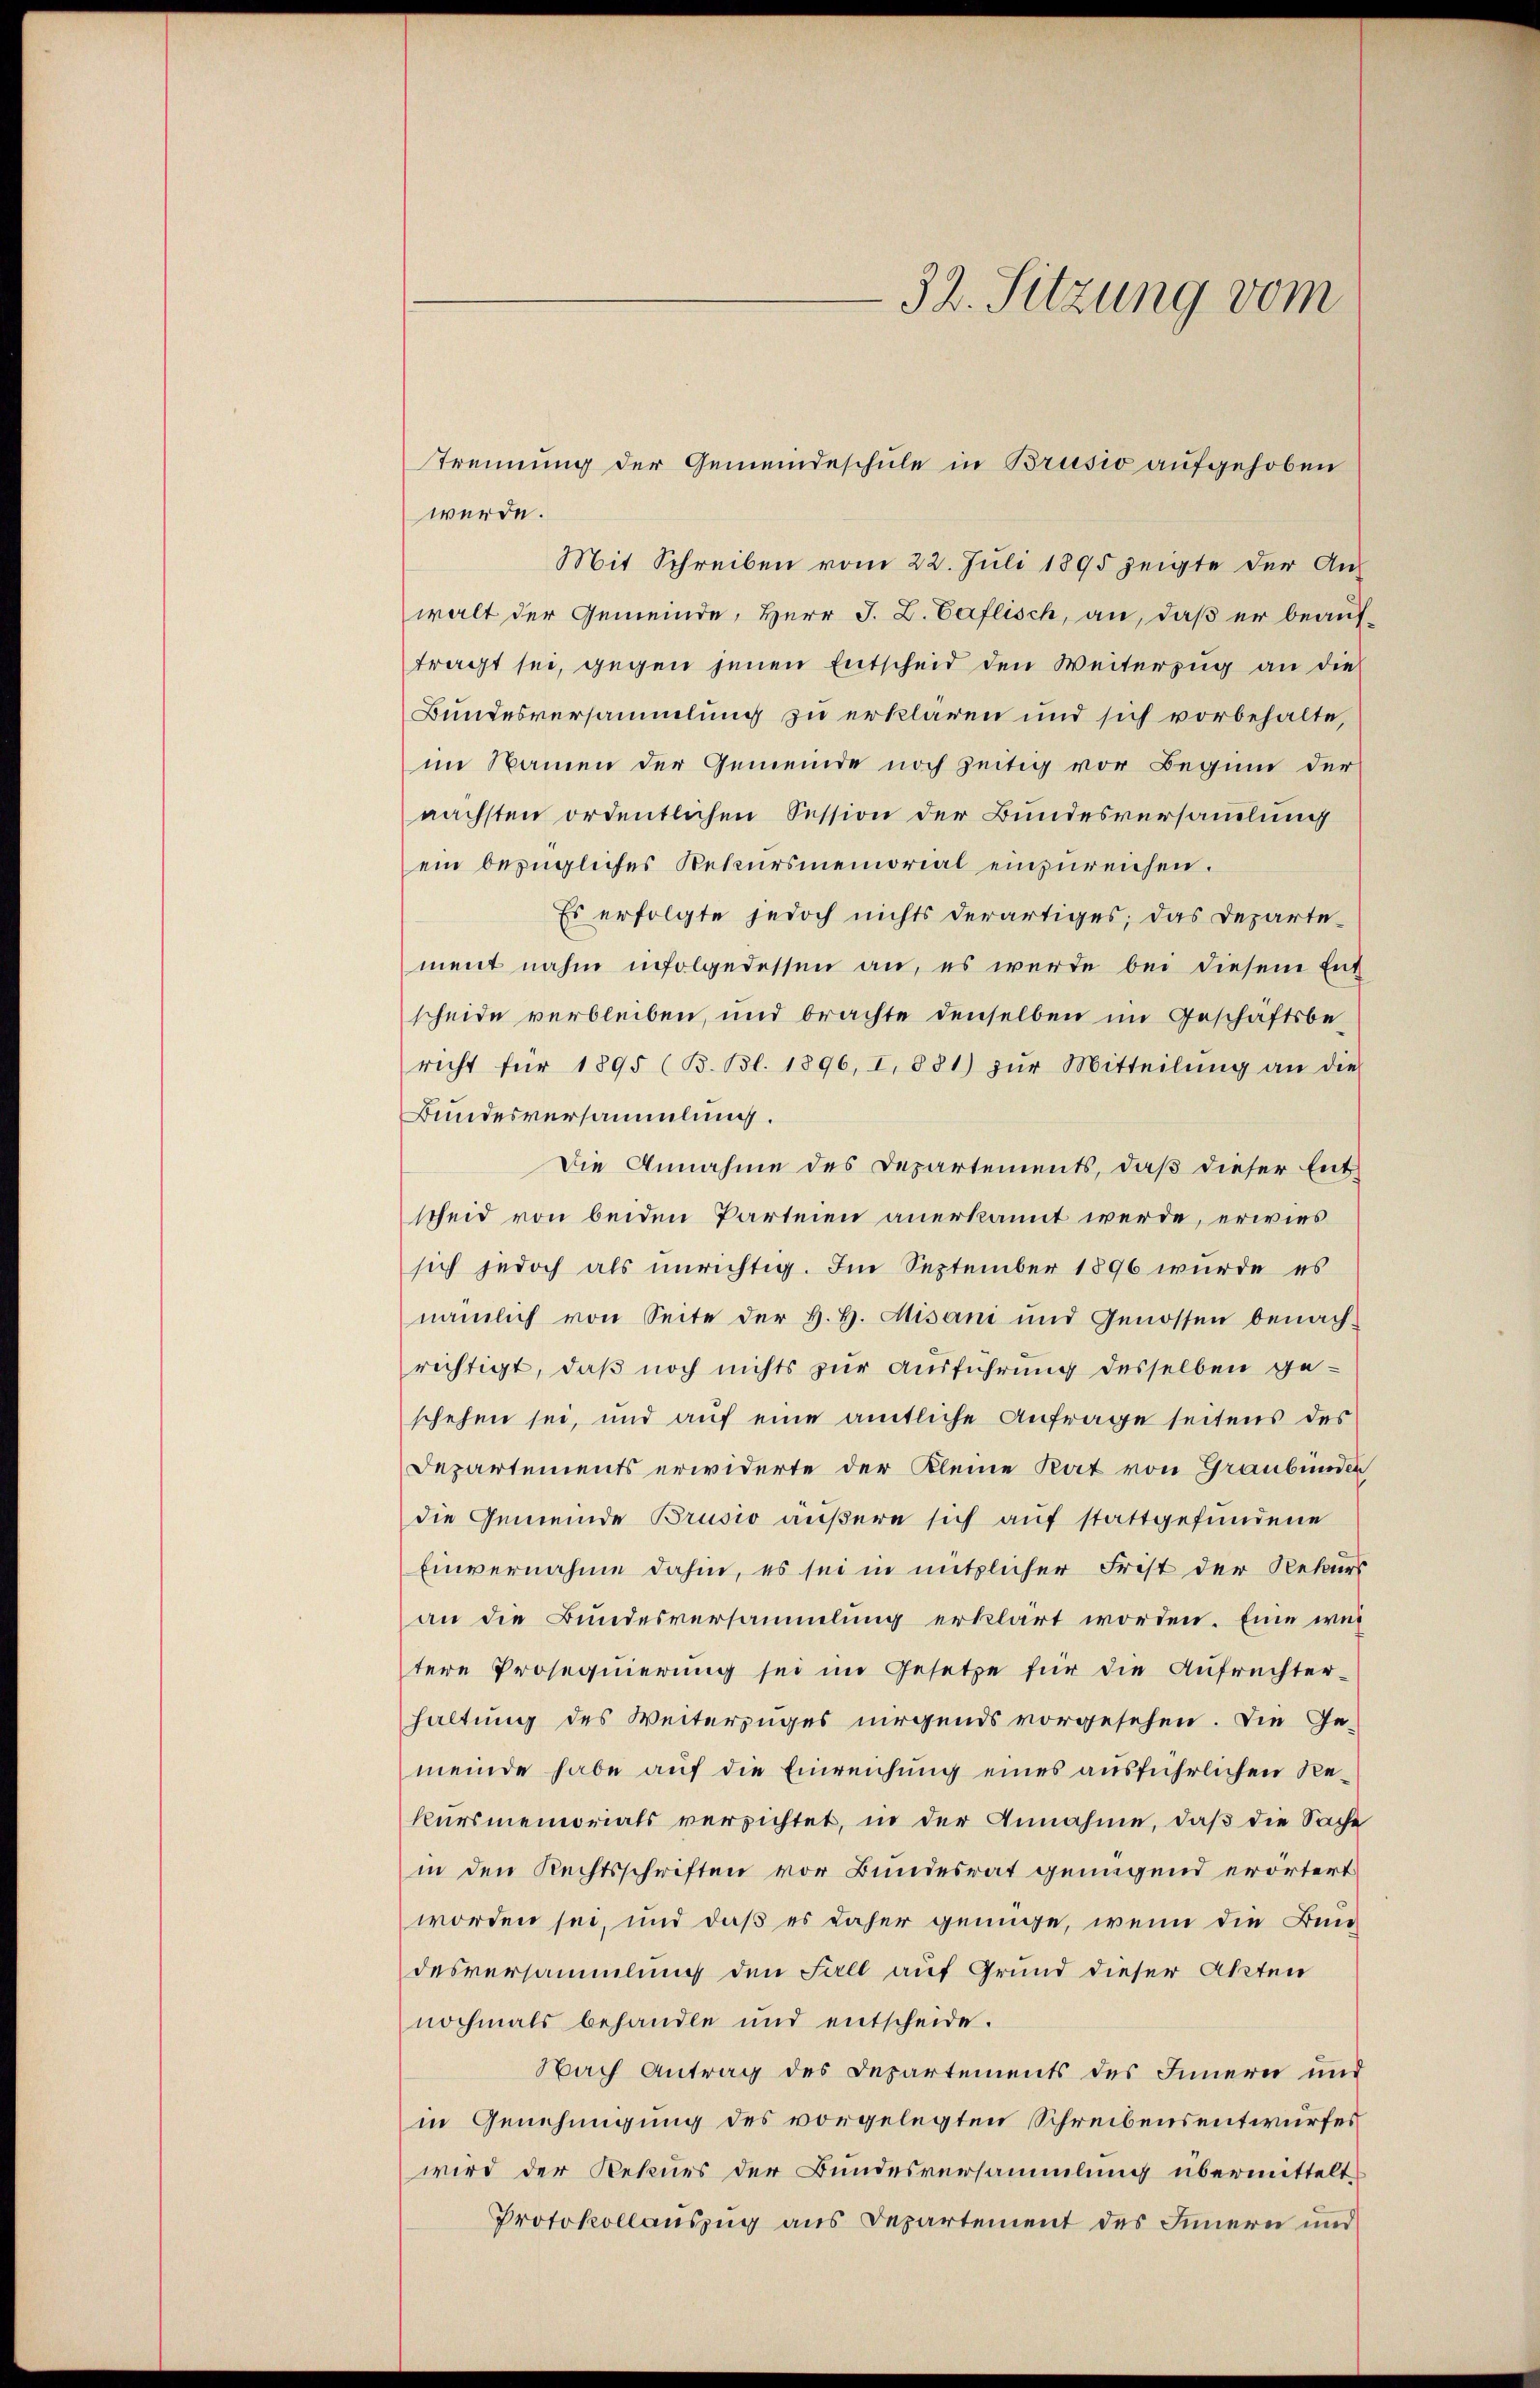
32. Sitzung vom

werde.
Mit Schreiben vom 22. Juli 1895 zeigte der An-
walt der Gemeinde, Herr J. L. Caflisch, an, daß er beauftragt sei, gegen jenen Entscheid den Weiterzug an die
Bundesversammlung zu erklären und sich vorbehalte,
im Namen der Gemeinde noch zeitig vor Beginn der
nächsten ordentlichen Session der Bundesversammlung
ein bezügliches Rekursmemorial einzureichen.
Es erfolgte jedoch nichts derartiges; das Departe-
ment nahm infolgedessen an, es wurde bei diesem Ent-
scheide verbleiben, und brachte denselben im Geschäftsbe
richt für 1895 (B. Bl. 1896, I. 881) zŭr Mitteilŭng an die
Bundesversammlung.
Die Annahme des Departements, daß dieser Ent
scheid von beiden Parteien anerkannt werde, erwies
sich jedoch als unrichtig. Im September 1896 wurde es
nämlich von Seite der H. H. Misani und Genossen benach-
richtigt, daß noch nichts zur Ausführung desselben geschehen sei, und auf eine amtliche Anfrage seitens des
Departements erwiderte der Kleine Rat von Graubünden
die Gemeinde Brusio äußere sich auf stattgefundene
Einvernahme dahin, es sei in nützlicher Frest der Rekurs
an die Bundesversammlung erklärt worden. Eine wil
tere Prosequierung sei im Gesetze für die Aufrechter-
haltung des Weiterzuges nirgends vorgesehen. Die Gemeinde habe auf die Einreichung eines ausführlichen Rekursmemorials versichtet, in der Annahme, daß die Sache
in den Rechtsschriften vor Bundesrat genügend erörtert
worden sei, und daß es daher genüge, wenn die Bundesversammlung den Fall auf Grund dieser Akten
nochmals behandle und entscheide.
Nach Antrag des Departements des Innern und
in Genehmigung des vorgelegten Schreibensentwurfes
wird der Rekurs der Bundesversammlung übermittelt
Protokollauszug aus Departement des Innern und

trennung der Gemeindeschule in Brusio aufgehoben